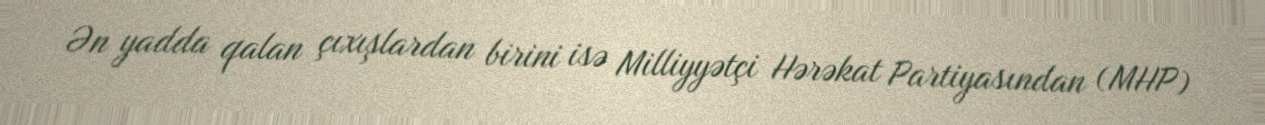
Ən yadda qalan çıxışlardan birini isə Milliyyətçi Hərəkat Partiyasından (MHP)